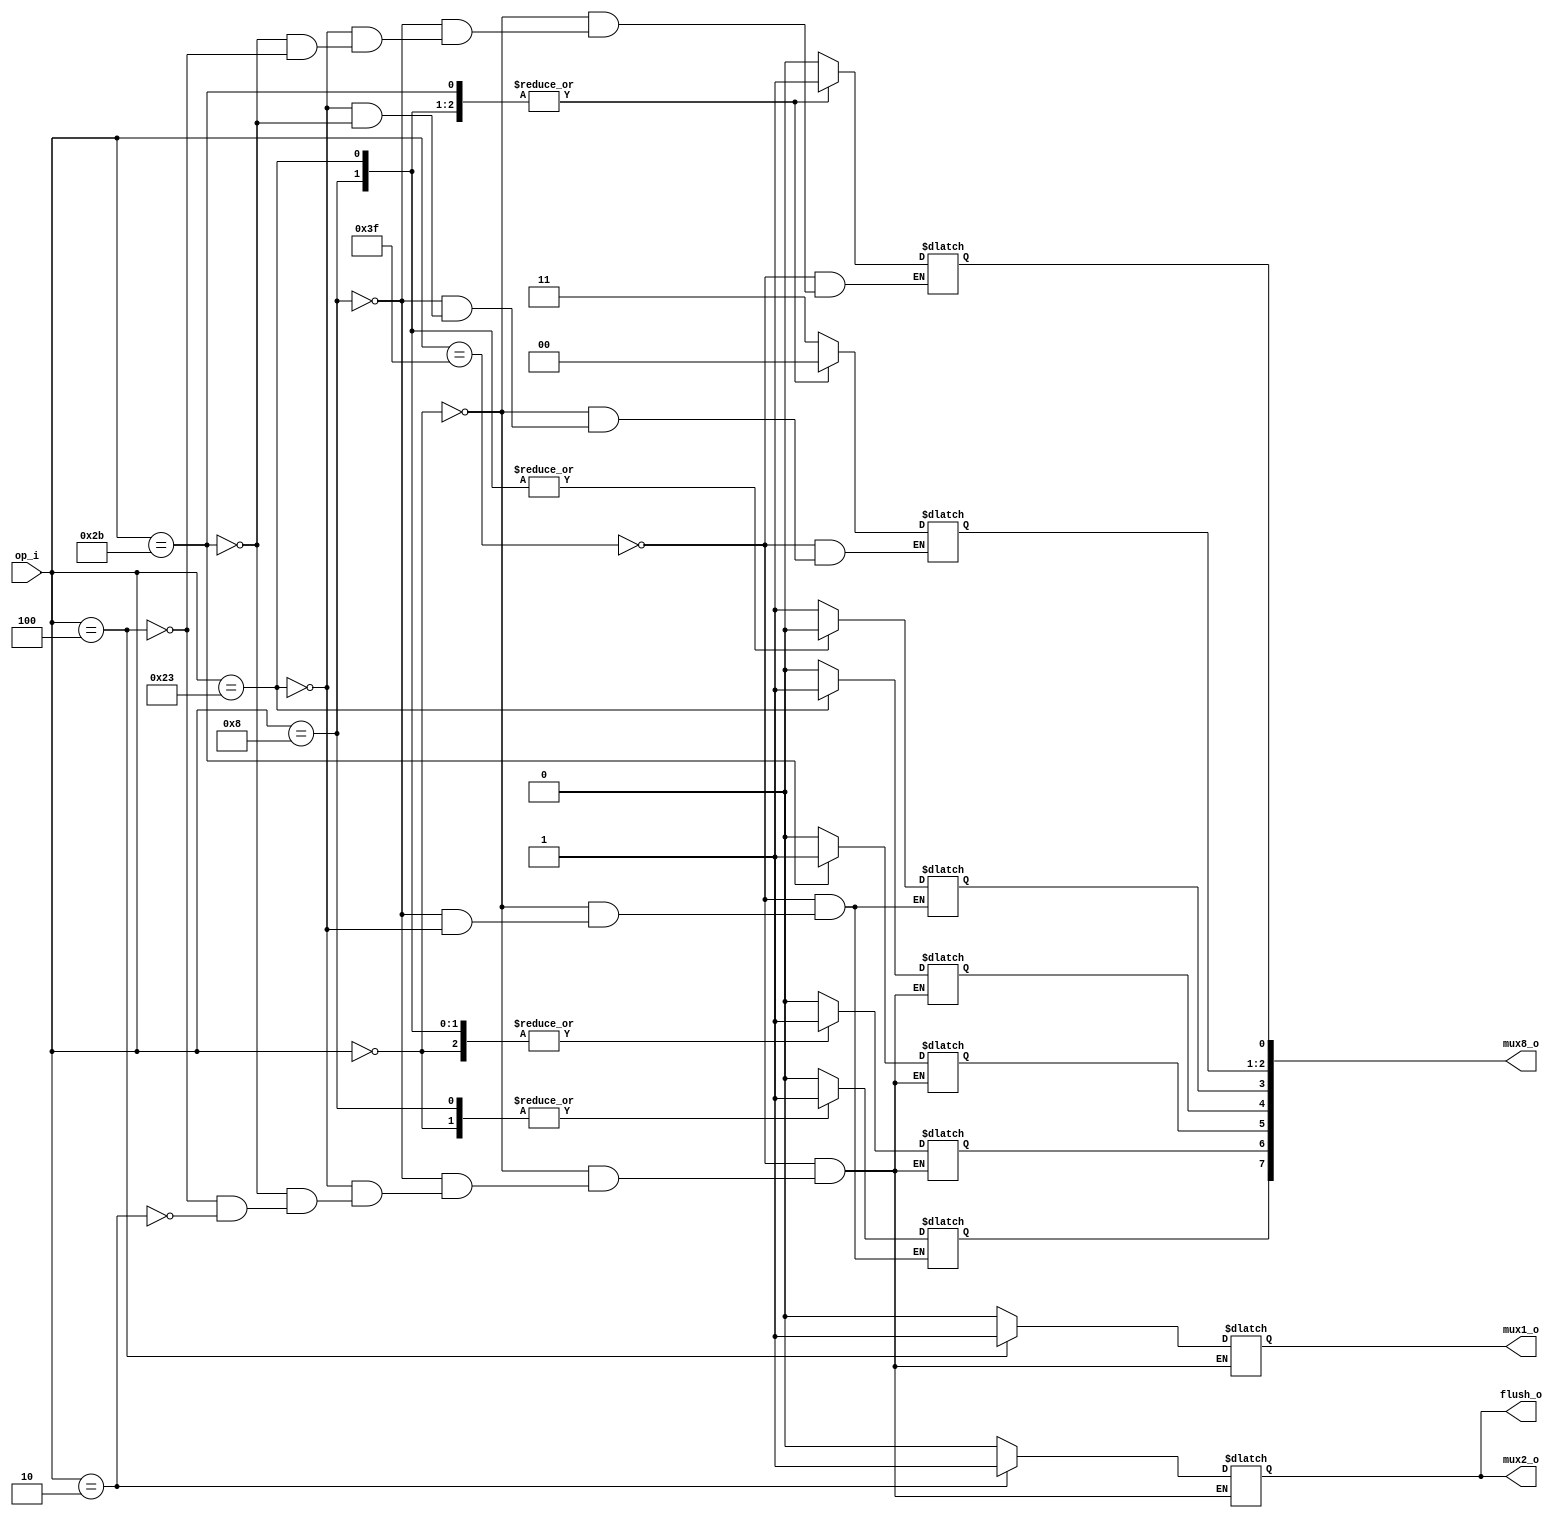
module Control
(
	op_i,
	mux1_o,
	mux2_o,
	flush_o,
	mux8_o
);

input 	[5:0] 	op_i;
output			mux1_o;
output			mux2_o;
output 			flush_o;
output	[7:0]	mux8_o;

reg 		temp_mux1_o;
reg 		temp_mux2_o;
reg [7:0]	temp_mux8_o;

assign mux1_o = temp_mux1_o;
assign mux2_o = temp_mux2_o; 
assign flush_o = temp_mux2_o;
assign mux8_o = temp_mux8_o;


always @ (op_i)
begin
	case (op_i) 
		//Flush - Changes the memwrite and regwrite to 0 to not change anything.
		6'b111111:	begin
					temp_mux1_o		 = 1'b0;	//We are not going to branch
					temp_mux2_o		 = 1'b0;	//We are not going to jump
					//EX:
					temp_mux8_o[0]   = 1'b0;	//ALUSrc (If we are going to use Immidiate or register in the ALU) 
					temp_mux8_o[2:1] = 2'b11;	//ALUOp (What kind of operation the ALU should do)
					temp_mux8_o[3]   = 1'b1;	//RegDst (If we are going to store our result in rt or rd)
					//M:
					temp_mux8_o[4]   = 1'b0;	//Memread (If we are going to read from memory or not)
					temp_mux8_o[5]   = 1'b0;	//Memwrite (If are going to write into memory or not)
					//WB:
					temp_mux8_o[6]   = 1'b0;	//Regwrite (If we are going to write into the register or not)
					temp_mux8_o[7]   = 1'b0;	//Memreg (If we should save the value from Alu or the memory in the register)			
					end			

		//R-Type
		6'b000000:	begin
					temp_mux1_o		 = 1'b0;	//We are not going to branch
					temp_mux2_o		 = 1'b0;	//We are not going to jump
					//EX:
					temp_mux8_o[0]   = 1'b0;	//ALUSrc (If we are going to use Immidiate or register in the ALU) 
					temp_mux8_o[2:1] = 2'b11;	//ALUOp (What kind of operation the ALU should do)
					temp_mux8_o[3]   = 1'b1;	//RegDst (If we are going to store our result in rt or rd)
					//M:
					temp_mux8_o[4]   = 1'b0;	//Memread (If we are going to read from memory or not)
					temp_mux8_o[5]   = 1'b0;	//Memwrite (If are going to write into memory or not)
					//WB:
					temp_mux8_o[6]   = 1'b1;	//Regwrite (If we are going to write into the register or not)
					temp_mux8_o[7]   = 1'b1;	//Memreg (If we should save the value from Alu or the memory in the register)			
					end			
		//Addi
		6'b001000:	begin
					temp_mux1_o		 = 1'b0;	//We are not going to branch
					temp_mux2_o		 = 1'b0;	//We are not going to jump
					//EX:
					temp_mux8_o[0]   = 1'b1;	//ALUSrc 	(If we are going to use Immidiate or register in the ALU) 
					temp_mux8_o[2:1] = 2'b00;	//ALUOp 	(What kind of operation the ALU should do)
					temp_mux8_o[3]   = 1'b0;	//RegDst 	(If we are going to store our result in rt or rd)
					//M:
					temp_mux8_o[4]   = 1'b0;	//Memread 	(If we are going to read from memory or not)
					temp_mux8_o[5]   = 1'b0;	//Memwrite 	(If are going to write into memory or not)
					//WB:
					temp_mux8_o[6]   = 1'b1;	//Regwrite 	(If we are going to write into the register or not)
					temp_mux8_o[7]   = 1'b1;	//Memreg	(If we should save the value from Alu or the memory in the register)			
					end			
		//Lw
		6'b100011:	begin
					temp_mux1_o		 = 1'b0;	//We are not going to branch
					temp_mux2_o		 = 1'b0;	//We are not going to jump
					//EX:
					temp_mux8_o[0]   = 1'b1;	//ALUSrc 	(If we are going to use Immidiate or register in the ALU) 
					temp_mux8_o[2:1] = 2'b00;	//ALUOp 	(What kind of operation the ALU should do)
					temp_mux8_o[3]   = 1'b0;	//RegDst	(If we are going to store our result in rt or rd)
					//M:
					temp_mux8_o[4]   = 1'b1;	//Memread	(If we are going to read from memory or not)
					temp_mux8_o[5]   = 1'b0;	//Memwrite	(If are going to write into memory or not)
					//WB:
					temp_mux8_o[6]   = 1'b1;	//Regwrite	(If we are going to write into the register or not)
					temp_mux8_o[7]   = 1'b0;	//Memreg	(If we should save the value from Alu or the memory in the register)			
					end
		//Sw
		6'b101011:	begin
					temp_mux1_o		 = 1'b0;	//We are not going to branch
					temp_mux2_o		 = 1'b0;	//We are not going to jump
					//EX:
					temp_mux8_o[0]   = 1'b1;	//ALUSrc 	(If we are going to use Immidiate or register in the ALU) 
					temp_mux8_o[2:1] = 2'b00;	//ALUOp 	(What kind of operation the ALU should do)
					//temp_mux8_o[3]   = 1'b0;	//RegDst	Don't care (If we are going to store our result in rt or rd)
					//M:
					temp_mux8_o[4]   = 1'b0;	//Memread	(If we are going to read from memory or not)
					temp_mux8_o[5]   = 1'b1;	//Memwrite	(If are going to write into memory or not)
					//WB:
					temp_mux8_o[6]   = 1'b0;	//Regwrite	(If we are going to write into the register or not)
					//temp_mux8_o[7]   = 1'b1;	//Memreg	Don't care(If we should save the value from Alu or the memory in the register)			
					end
		//Branch
		6'b000100:	begin
					temp_mux1_o		 = 1'b1; 	//If we are going to branch, send 1 to mux1
					temp_mux2_o		 = 1'b0;	//We are not going to jump
					//EX:
					temp_mux8_o[0]   = 1'b0;	//ALUSrc 	(If we are going to use Immidiate or register in the ALU) 
					//temp_mux8_o[2:1] = 2'b01;	//ALUOp 	(What kind of operation the ALU should do)
					//temp_mux8_o[3]   = 1'b0;	//RegDst	Don't care (If we are going to store our result in rt or rd)
					//M:
					temp_mux8_o[4]   = 1'b0;	//Memread	(If we are going to read from memory or not)
					temp_mux8_o[5]   = 1'b0;	//Memwrite	(If are going to write into memory or not)
					//WB:
					temp_mux8_o[6]   = 1'b0;	//Regwrite	(If we are going to write into the register or not)
					//temp_mux8_o[7]   = 1'b1;	//Memreg	Don't care (If we should save the value from Alu or the memory in the register)			
					end
		//Jump
		6'b000010:	begin
					temp_mux1_o		 = 1'b0; 	//We are not going to branch
					temp_mux2_o		 = 1'b1;	//If we are going to jump, send 1 to mux2
					//EX:
					//temp_mux8_o[0]   = 1'b0;	//ALUSrc 	Don't care (If we are going to use Immidiate or register in the ALU) 
					//temp_mux8_o[2:1] = 2'b01;	//ALUOp 	(What kind of operation the ALU should do)
					//temp_mux8_o[3]   = 1'b0;	//RegDst	Dont' care Don't care (If we are going to store our result in rt or rd)
					//M:
					temp_mux8_o[4]   = 1'b0;	//Memread	(If we are going to read from memory or not)
					temp_mux8_o[5]   = 1'b0;	//Memwrite	(If are going to write into memory or not)
					//WB:
					temp_mux8_o[6]   = 1'b0;	//Regwrite	(If we are going to write into the register or not)
					//temp_mux8_o[7]   = 1'b1;	//Memreg	Don't care (If we should save the value from Alu or the memory in the register)		
					end
		default: 	$display("Error in the control");
				
	endcase
				
		
		//EX:
		//mux8_0[0]   = ALUSrc (If we are going to use Immidiate or register in the ALU) 
		//mux8_0[1:2] = ALUOp (What kind of operation the ALU should do)
		//mux8_0[3]   = RegDst (If we are going to store our result in rt or rd)
		//M:
		//mux8_0[4]   = Memread (If we are going to read from memory or not)
		//mux8_0[5]   = Memwrite (If are going to write into memory or not)
		//WB:
		//mux8_0[6]   = Regwrite (If we are going to write into the register or not)
		//mux8_0[7]   = Memreg (1 = value from Alu or 0 = memory in the register)
		
		
end

endmodule